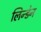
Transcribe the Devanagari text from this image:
लिन्डेन